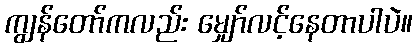
ကျွန်တော်ကလည်း မျှော်လင့်နေတာပါပဲ။